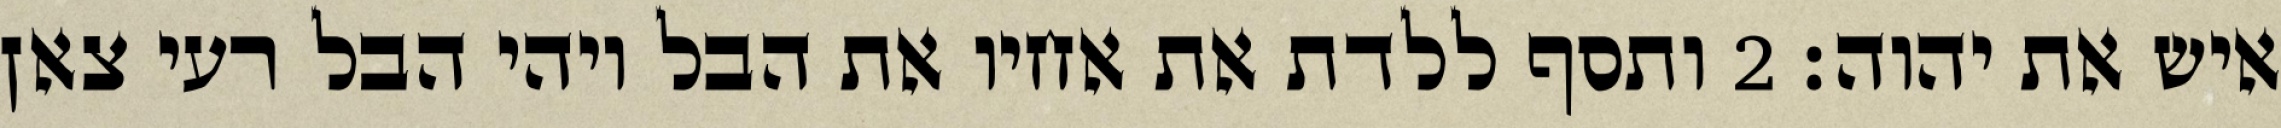
איש את יהוה׃ ‎2‏ ותסף ללדת את אחיו את הבל ויהי הבל רעי צאן